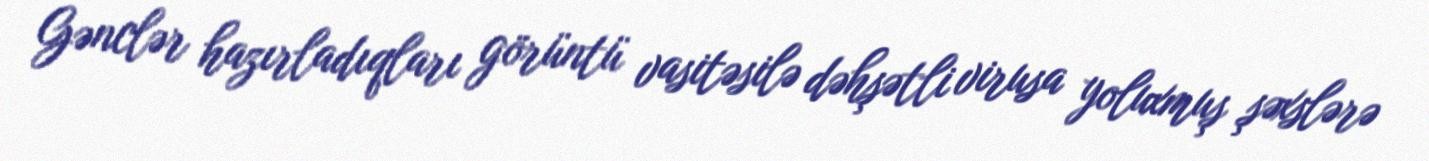
Gənclər hazırladıqları görüntü vasitəsilə dəhşətli virusa yoluxmuş şəxslərə